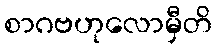
စာဂဗဟုလောမှီတိ